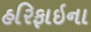
હરિફાઇના